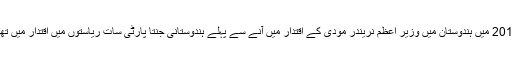
2014 میں ہندوستان میں وزیر اعظم نریندر مودی کے اقتدار میں آنے سے پہلے ہندوستانی جنتا پارٹی سات ریاستوں میں اقتدار میں تھی۔